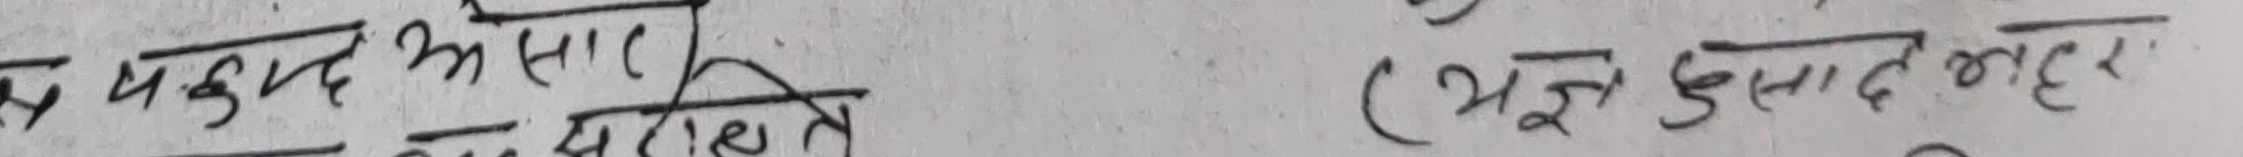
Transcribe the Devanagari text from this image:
प्रयुक्त असार (भुम प्रसाद बाहर
नब पराहिल